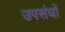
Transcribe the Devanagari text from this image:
उपसंघों